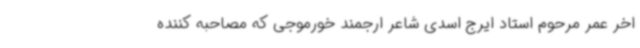
اخر عمر مرحوم استاد ایرج اسدی شاعر ارجمند خورموجی که مصاحبه کننده